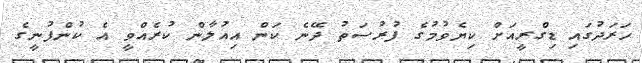
ހަރަދުގައި ޑިގްރީއަށް ކިޔެވުމުގެ ފުރުސަތު ދޭނެ ކަން އިއުލާން ކުރެއްވީ އެ ކުންފުނީގެ